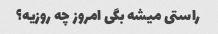
راستی میشه بگی امروز چه روزیه؟